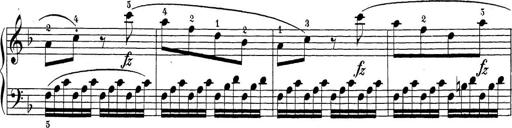
Title: Sonatina Album
Composer: Louis KÃ¶hler